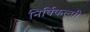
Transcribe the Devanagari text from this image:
निर्विकल्पी